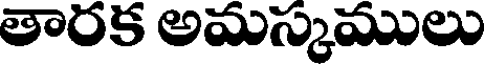
తారక అమస్కములు